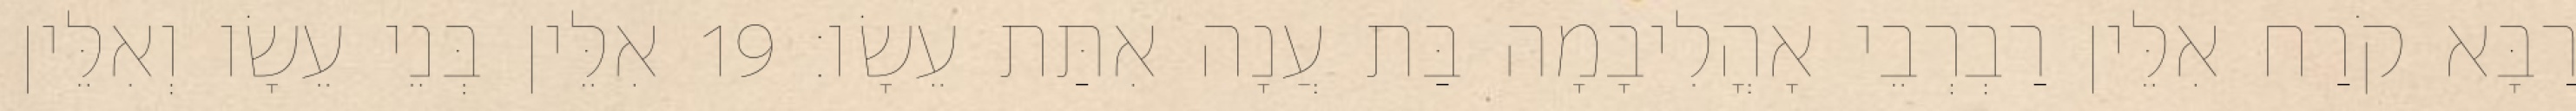
רַבָּא קֹרַח אִלֵּין רַבְרְבֵי אָהֳלִיבָמָה בַּת עֲנָה אִתַּת עֵשָׂו׃ 19 אִלֵּין בְּנֵי עֵשָׂו וְאִלֵּין